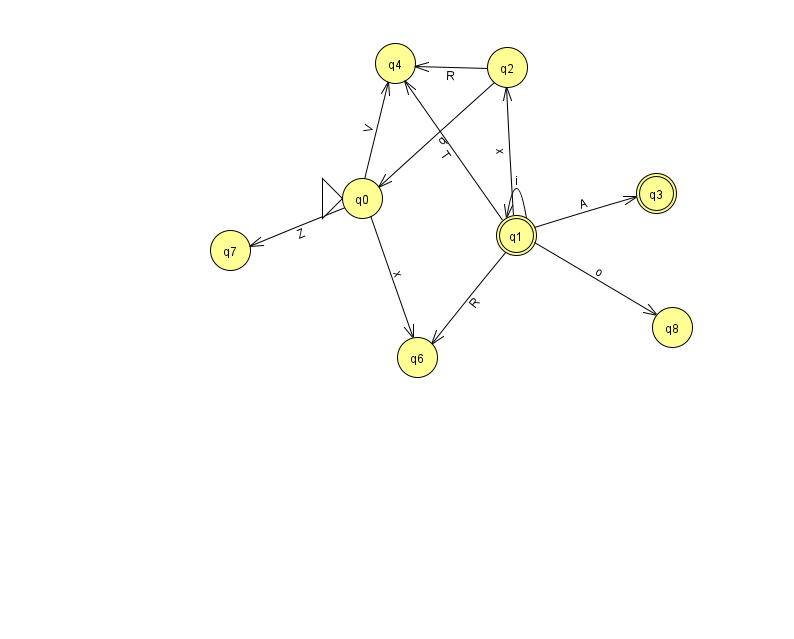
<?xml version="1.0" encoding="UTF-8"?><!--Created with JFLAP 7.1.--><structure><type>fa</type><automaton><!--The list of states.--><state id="0" name="q0"><x>362.0</x><y>185.0</y><initial/></state><state id="1" name="q1"><x>516.0</x><y>222.0</y><final/></state><state id="2" name="q2"><x>507.0</x><y>54.0</y></state><state id="3" name="q3"><x>656.0</x><y>180.0</y><final/></state><state id="4" name="q4"><x>395.0</x><y>50.0</y></state><state id="6" name="q6"><x>417.0</x><y>344.0</y></state><state id="7" name="q7"><x>230.0</x><y>237.0</y></state><state id="8" name="q8"><x>672.0</x><y>314.0</y></state><!--The list of transitions.--><transition><from>1</from><to>3</to><read>A</read></transition><transition><from>0</from><to>7</to><read>Z</read></transition><transition><from>1</from><to>2</to><read>x</read></transition><transition><from>1</from><to>4</to><read>T</read></transition><transition><from>2</from><to>0</to><read>q</read></transition><transition><from>0</from><to>4</to><read>V</read></transition><transition><from>0</from><to>6</to><read>x</read></transition><transition><from>1</from><to>1</to><read>i</read></transition><transition><from>1</from><to>8</to><read>o</read></transition><transition><from>1</from><to>6</to><read>R</read></transition><transition><from>2</from><to>4</to><read>R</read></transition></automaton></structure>